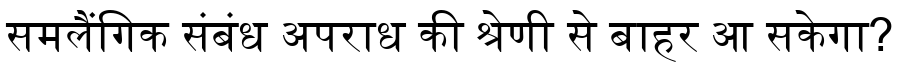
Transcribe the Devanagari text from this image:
समलैंगिक संबंध अपराध की श्रेणी से बाहर आ सकेगा?